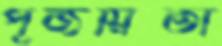
পূজয়িতা